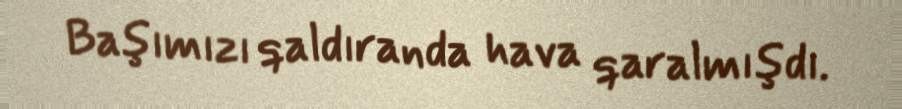
Başımızı qaldıranda hava qaralmışdı.